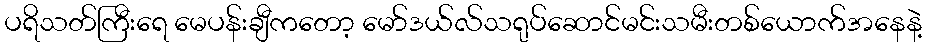
ပရိသတ်ကြီးရေ မေပန်းချီကတော့ မော်ဒယ်လ်သရုပ်ဆောင်မင်းသမီးတစ်ယောက်အနေနဲ့